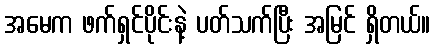
အမေက ဖက်ရှင်ပိုင်းနဲ့ ပတ်သက်ပြီး အမြင် ရှိတယ်။